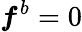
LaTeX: \boldsymbol{f}^{b}=0